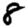
Digit: 8